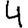
Digit: 4